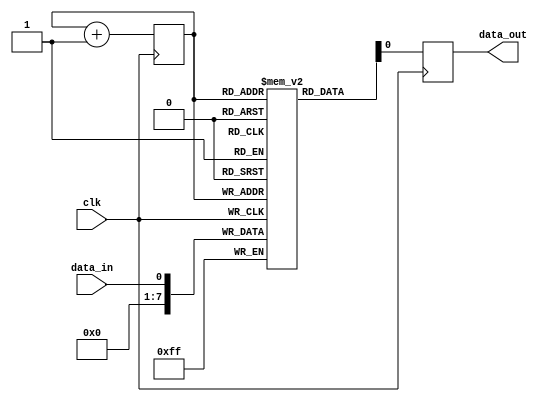
module FlashMemory(
    input clk,
    input data_in,
    output reg data_out
);

reg [7:0] memory [0:255]; // 256 bytes of memory

reg [7:0] address = 0; // memory address pointer

always @(posedge clk) begin
    memory[address] <= data_in; // write data into memory at current address
    address <= address + 1; // increment address pointer
end

always @(posedge clk) begin
    data_out <= memory[address]; // read data from memory at current address
    address <= address + 1; // increment address pointer
end

endmodule